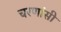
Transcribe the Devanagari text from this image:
चरणांसी